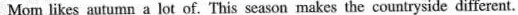
Mom likes autumn a lot of. This season makes the countryside different.